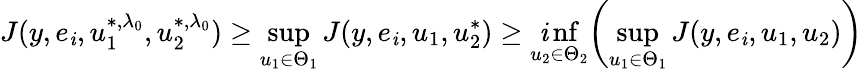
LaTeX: J(y,e_{\mathit{i}},u_{1}^{*,\lambda_{0}},u_{2}^{*,\lambda_{0}})\geq\operatorname*{sup}_{u_{1}\in\Theta_{1}}J(y,e_{\mathit{i}},u_{1},u_{2}^{*})\geq\operatorname*{\mathit{i}nf}_{u_{2}\in\Theta_{2}}\biggl(\operatorname*{sup}_{u_{1}\in\Theta_{1}}J(y,e_{\mathit{i}},u_{1},u_{2})\biggr)